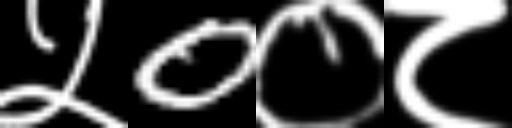
Text: ५0०८